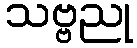
သဗ္ဗညု